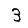
Digit: 3